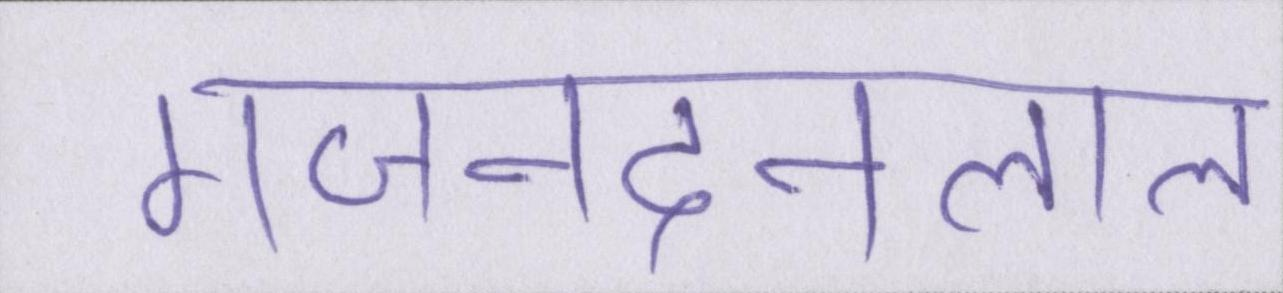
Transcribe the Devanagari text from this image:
गजनंदनलाल